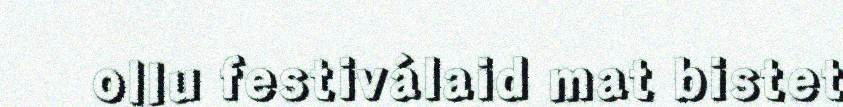
ollu festiválaid mat bistet